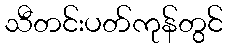
သီတင်းပတ်ကုန်တွင်